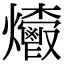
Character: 𤓄